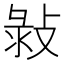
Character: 㪖